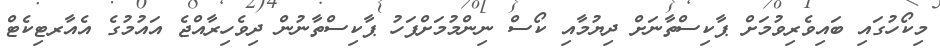
މިކޯހުގައި ބައިވެރިވުމަށް ޕާކިސްތާނަށް ދިޔުމާއި ކޯސް ނިންމުމަށްފަހު ޕާކިސްތާނުން ދިވެހިރާއްޖެ އައުމުގެ އެއާރޓިކެޓް